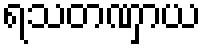
ရသတဏှာယ